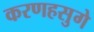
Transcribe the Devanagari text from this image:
करणहसुगे